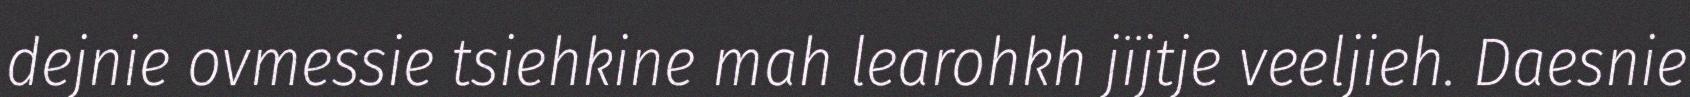
dejnie ovmessie tsiehkine mah learohkh jïjtje veeljieh. Daesnie